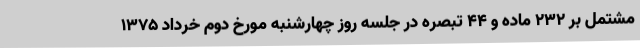
مشتمل بر ۲۳۲ ماده و ۴۴ تبصره در جلسه روز چهارشنبه مورخ دوم خرداد ۱۳۷۵